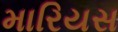
મારિયસ